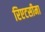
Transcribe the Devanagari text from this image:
रिएटसीमा